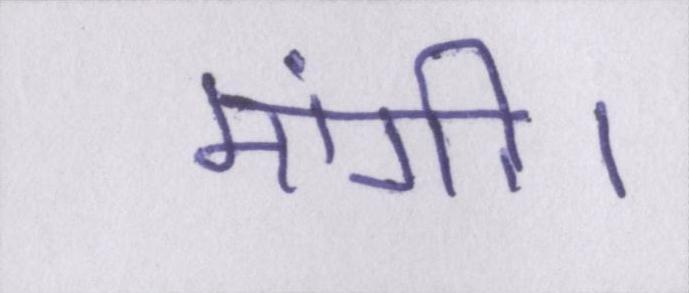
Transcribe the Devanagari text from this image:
मांगी।